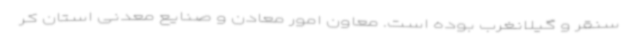
سنقر و گیلانغرب بوده است. معاون امور معادن و صنایع معدنی استان کر